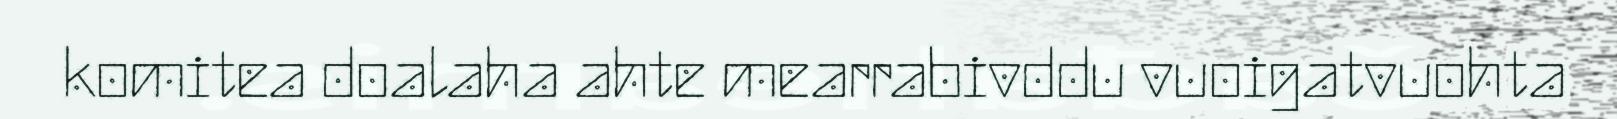
komitea doalaha ahte mearrabivddu vuoigatvuohta